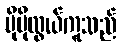
ပိုမိုလွယ်ကူသည်